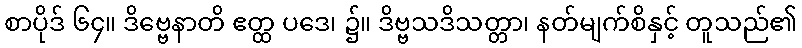
စာပိုဒ် ၆၄။ ဒိဗ္ဗေနာတိ ဧတ္ထ ပဒေ၊ ၌။ ဒိဗ္ဗသဒိသတ္တာ၊ နတ်မျက်စိနှင့် တူသည်၏